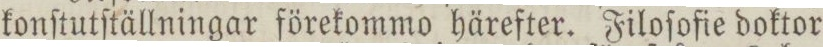
konſtutſtällningar förekommo härefter. Filoſofie doktor